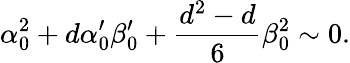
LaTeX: \alpha_{0}^{2}+d\alpha_{0}^{\prime}\beta_{0}^{\prime}+{\frac{d^{2}-d}{6}}\beta_{0}^{2}\sim 0.